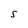
Character: S